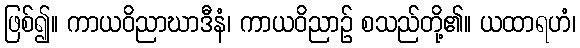
ဖြစ်၍။ ကာယဝိညာဃာဒီနံ၊ ကာယဝိညာဉ် စသည်တို့၏။ ယထာရဟံ၊